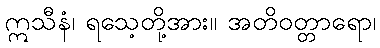
ဣသီနံ၊ ရသေ့တို့အား။ အတိဝတ္တာရော၊